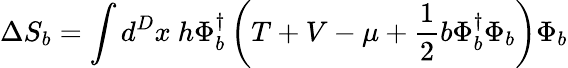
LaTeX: \Delta S_{b}=\int d^{D}x~h\Phi_{b}^{\dagger}\left(T+V-\mu+\frac{1}{2}b\Phi_{b}^{\dagger}\Phi_{b}\right)\Phi_{b}